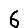
Digit: 6